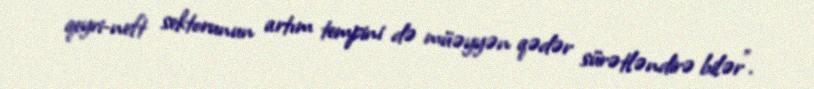
qeyri-neft sektorunun artım tempini də müəyyən qədər sürətləndirə bilər”.